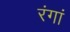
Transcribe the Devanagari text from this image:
रंगां